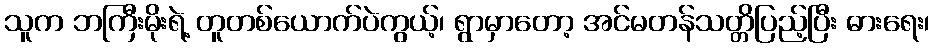
သူက ဘကြီးမိုးရဲ့ တူတစ်ယောက်ပဲကွယ့်၊ ရွာမှာတော့ အင်မတန်သတ္တိပြည့်ပြီး ဓားရေး၊